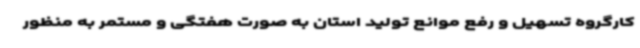
کارگروه تسهیل و رفع موانع تولید استان به صورت هفتگی و مستمر به منظور